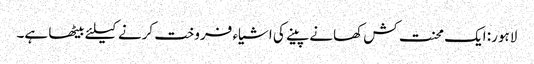
لاہور: ایک محنت کش کھانے پینے کی اشیاء فروخت کرنے کیلئے بیٹھا ہے۔